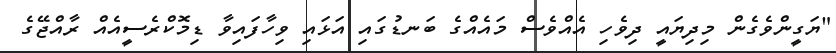
"ޔަގީންވެގެން މިދިޔައީ ދިވެހި އެއްވެސް މައެއްގެ ބަނޑުގައި އަޅައި ވިހާފައިވާ ޑިމޮކްރެސީއެއް ރާއްޖޭގެ